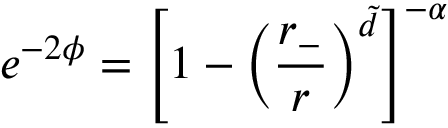
e ^ { - 2 \phi } = \left[ 1 - \left( \frac { r _ { - } } { r } \right) ^ { \tilde { d } } \right] ^ { - \alpha }